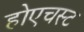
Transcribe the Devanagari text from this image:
होएचस्ट